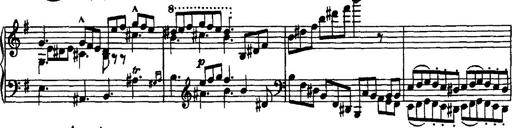
Title: Rondo di bravura
Composer: Franz Liszt